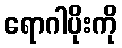
ရောဂါပိုးကို